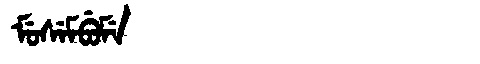
Manchu: ᠮᡠᠰᡝᠮᠪᡠᠮᡝ
Romanization: MUSEMBUME